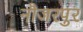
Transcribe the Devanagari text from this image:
नौजरपुर